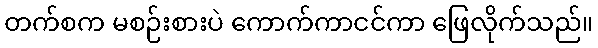
တက်စက မစဉ်းစားပဲ ကောက်ကာငင်ကာ ဖြေလိုက်သည်။